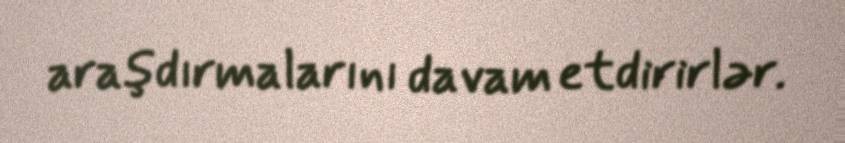
araşdırmalarını davam etdirirlər.